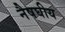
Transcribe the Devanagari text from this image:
नैषघीय